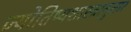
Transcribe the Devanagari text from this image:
ज्योतिष्यशास्त्रानुसार